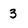
Character: 3